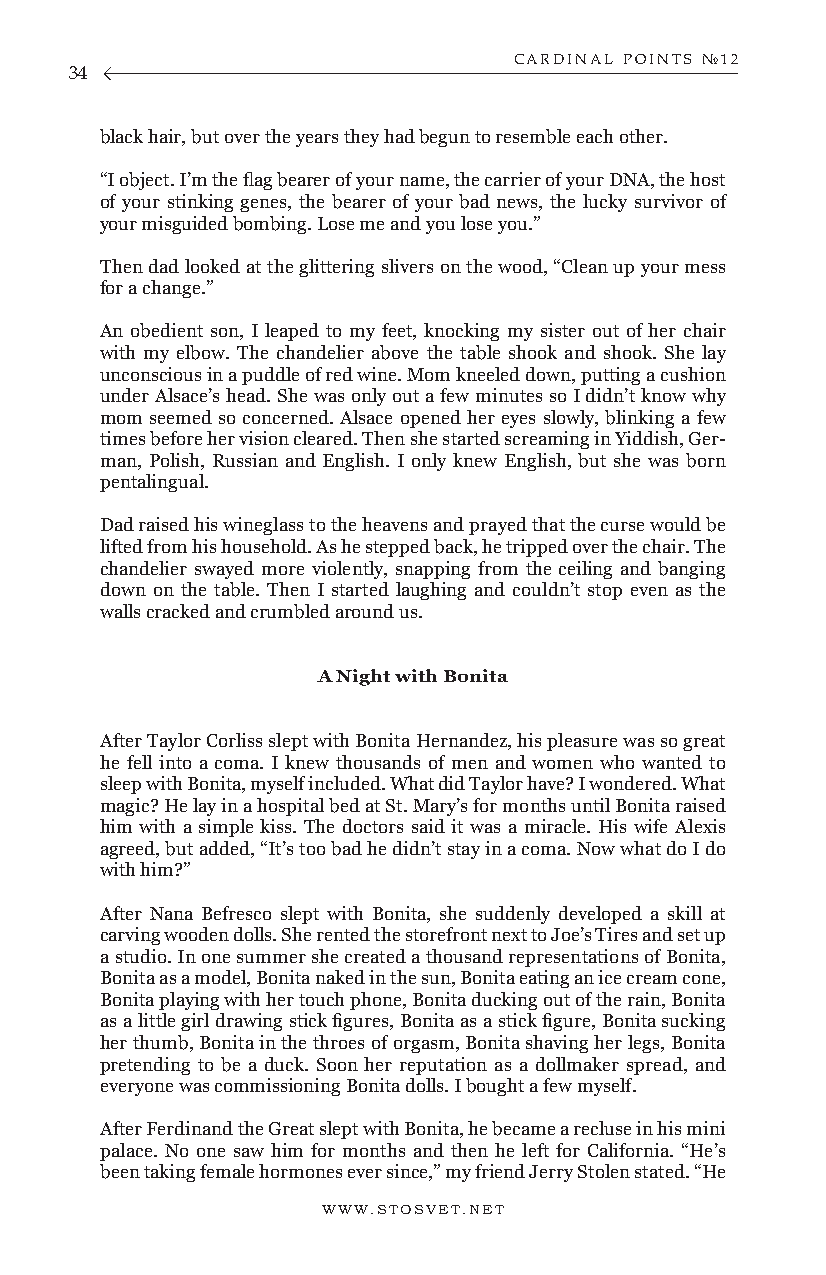
CARDINAL POINTS №12
 34
 black hair, but over the years they had begun to resemble each other.
 “I object. I’m the flag bearer of your name, the carrier of your DNA, the host
 of your stinking genes, the bearer of your bad news, the lucky survivor of
 your misguided bombing. Lose me and you lose you.”
 Then dad looked at the glittering slivers on the wood, “Clean up your mess
 for a change.”
 An obedient son, I leaped to my feet, knocking my sister out of her chair
 with my elbow. The chandelier above the table shook and shook. She lay
 unconscious in a puddle of red wine. Mom kneeled down, putting a cushion
 under Alsace’s head. She was only out a few minutes so I didn’t know why
 mom seemed so concerned. Alsace opened her eyes slowly, blinking a few
 times before her vision cleared. Then she started screaming in Yiddish, Ger-
 man, Polish, Russian and English. I only knew English, but she was born
 pentalingual.
 Dad raised his wineglass to the heavens and prayed that the curse would be
 lifted from his household. As he stepped back, he tripped over the chair. The
 chandelier swayed more violently, snapping from the ceiling and banging
 down on the table. Then I started laughing and couldn’t stop even as the
 walls cracked and crumbled around us.
 A Night with Bonita
 After Taylor Corliss slept with Bonita Hernandez, his pleasure was so great
 he fell into a coma. I knew thousands of men and women who wanted to
 sleep with Bonita, myself included. What did Taylor have? I wondered. What
 magic? He lay in a hospital bed at St. Mary’s for months until Bonita raised
 him with a simple kiss. The doctors said it was a miracle. His wife Alexis
 agreed, but added, “It’s too bad he didn’t stay in a coma. Now what do I do
 with him?”
 After Nana Befresco slept with Bonita, she suddenly developed a skill at
 carving wooden dolls. She rented the storefront next to Joe’s Tires and set up
 a studio. In one summer she created a thousand representations of Bonita,
 Bonita as a model, Bonita naked in the sun, Bonita eating an ice cream cone,
 Bonita playing with her touch phone, Bonita ducking out of the rain, Bonita
 as a little girl drawing stick figures, Bonita as a stick figure, Bonita sucking
 her thumb, Bonita in the throes of orgasm, Bonita shaving her legs, Bonita
 pretending to be a duck. Soon her reputation as a dollmaker spread, and
 everyone was commissioning Bonita dolls. I bought a few myself.
 After Ferdinand the Great slept with Bonita, he became a recluse in his mini
 palace. No one saw him for months and then he left for California. “He’s
 been taking female hormones ever since,” my friend Jerry Stolen stated. “He
 WWW.STOSVET.NET                                        WWW.STOSVET.NET